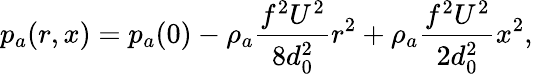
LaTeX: p_{a}(r,x)=p_{a}(0)-\rho_{a}\frac{f^{2}U^{2}}{8d_{0}^{2}}r^{2}+\rho_{a}\frac{f^{2}U^{2}}{2d_{0}^{2}}x^{2},